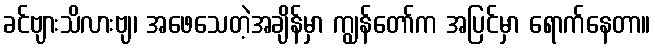
ခင်ဗျားသိလားဗျ၊ အဖေသေတဲ့အချိန်မှာ ကျွန်တော်က အပြင်မှာ ရောက်နေတာ။